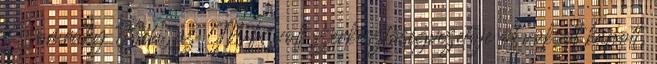
Szomráky Béla, az MR volt szerkesztőségvezetője öt voksot kapott,